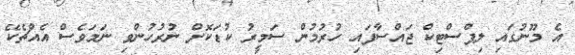
އެ މޫނުގައި ލިޕްސްޓިކް ޖައްސާފައި ހުރުމުން ސަމީރު ކުޑަކޮށް ނުރުހުންވި ނަމަވެސް އެއްޗެކޭ